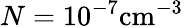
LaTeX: N={10^{-7}}\mathrm{{c}}{\mathrm{{m}}^{-3}}